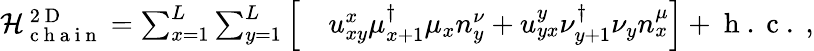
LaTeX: \begin{array}{rl}{\mathcal{H}_{\mathrm{~c~h~a~i~n~}}^{\mathrm{~2~D~}}=\sum_{x=1}^{L}\sum_{y=1}^{L}\Big[}&{{}u_{xy}^{x}\mu_{x+1}^{\dagger}\mu_{x}n_{y}^{\nu}+u_{yx}^{y}\nu_{y+1}^{\dagger}\nu_{y}n_{x}^{\mu}\Big]+\mathrm{~h~.~c~.~},}\end{array}